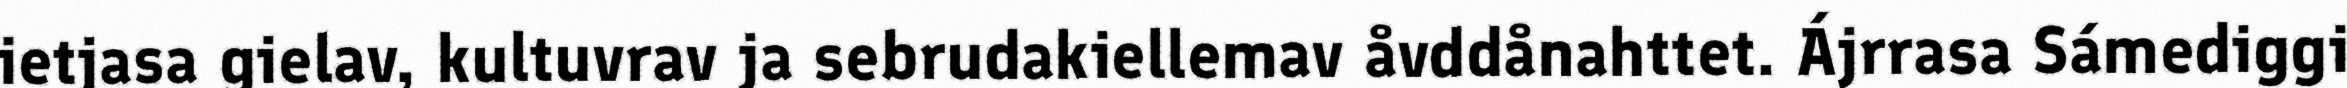
ietjasa gielav, kultuvrav ja sebrudakiellemav åvddånahttet. Ájrrasa Sámediggi